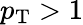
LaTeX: {p_{\mathrm{T}}>1}